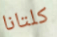
كلتانا